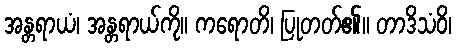
အန္တရာယံ၊ အန္တရာယ်ကို။ ကရောတိ၊ ပြုတတ်၏။ တာဒိသံဝိ၊